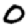
Digit: 0